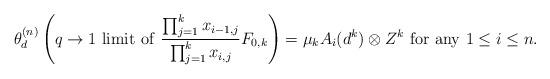
LaTeX: \begin{align*} \theta^{(n)}_d\left(q\to 1\ \mathrm{limit\ of}\ \frac{\prod_{j=1}^k x_{i-1,j}}{\prod_{j=1}^k x_{i,j}}F_{0,k}\right)= \mu_k A_i(d^k)\otimes Z^k\ \mathrm{for\ any}\ 1\leq i \leq n.\end{align*}